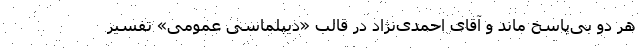
هر دو بی‌پاسخ ماند و آقای احمدی‌نژاد در قالب «دیپلماسی عمومی» تفسیر